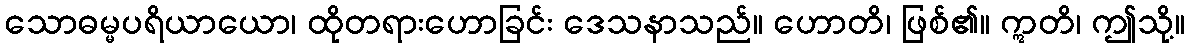
သောဓမ္မပရိယာယော၊ ထိုတရားဟောခြင်း ဒေသနာသည်။ ဟောတိ၊ ဖြစ်၏။ ဣတိ၊ ဤသို့။